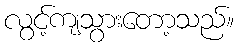
လွင့်ကျသွားတော့သည်။